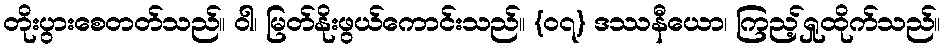
တိုးပွားစေတတ်သည်။ ဝါ၊ မြတ်နိုးဖွယ်ကောင်းသည်။ {၀၇} ဒဿနီယော၊ ကြည့်ရှုထိုက်သည်။